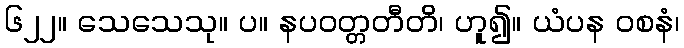
၆၂၂။ သေသေသု။ ပ။ နပဝတ္တတီတိ၊ ဟူ၍။ ယံပန ဝစနံ၊